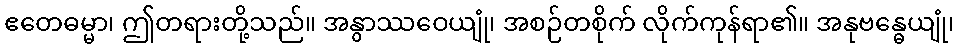
ဧတေဓမ္မာ၊ ဤတရားတို့သည်။ အနွာဿဝေယျုံ၊ အစဉ်တစိုက် လိုက်ကုန်ရာ၏။ အနုဗန္ဓေယျုံ၊